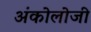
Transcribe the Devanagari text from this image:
अंकोलोजी